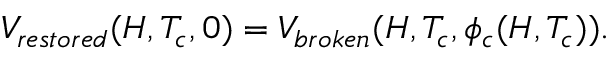
V _ { r e s t o r e d } ( H , T _ { c } , 0 ) = V _ { b r o k e n } ( H , T _ { c } , \phi _ { c } ( H , T _ { c } ) ) .